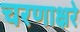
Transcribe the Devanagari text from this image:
चरणाक्षरे